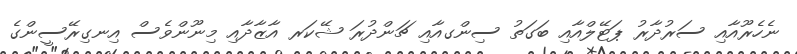
ނެހެރޫއާއި ސަރުދާރު ޕަޓޭލްއާއި ބަގަތު ސިންގއާއި ޗަންދުރަ ޝޭކަރ އާޒާދާއި މިނޫންވެސް އިނގިރޭސީންގެ